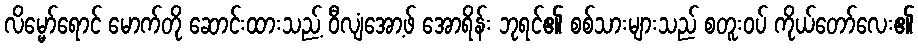
လိမ္မော်ရောင် မောက်တို ဆောင်းထားသည့် ဝီလျံအော့ဖ် အောရိန်း ဘုရင်၏ စစ်သားများသည် စတူးဝပ် ကိုယ်တော်လေး၏